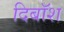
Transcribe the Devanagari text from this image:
दिबॉश